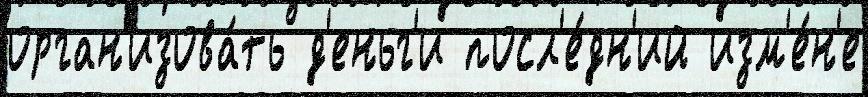
орган'изова́ть д'еньг'и посл'е́дн'ий изм'е́н'е